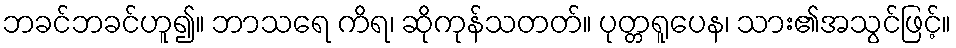
ဘခင်ဘခင်ဟူ၍။ ဘာသရေ ကိရ၊ ဆိုကုန်သတတ်။ ပုတ္တရူပေန၊ သား၏အသွင်ဖြင့်။